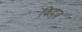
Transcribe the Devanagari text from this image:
किद्ज़